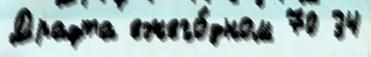
Драфта ежего́дном 70 34